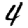
Digit: 4